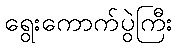
ရွေးကောက်ပွဲကြီး